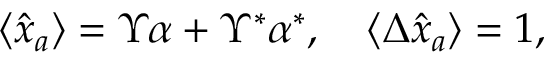
\begin{array} { r } { \langle \hat { x } _ { a } \rangle = \Upsilon \alpha + \Upsilon ^ { \ast } \alpha ^ { \ast } , \quad \langle \Delta \hat { x } _ { a } \rangle = 1 , } \end{array}